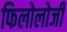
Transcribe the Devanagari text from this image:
फिलोलोजी